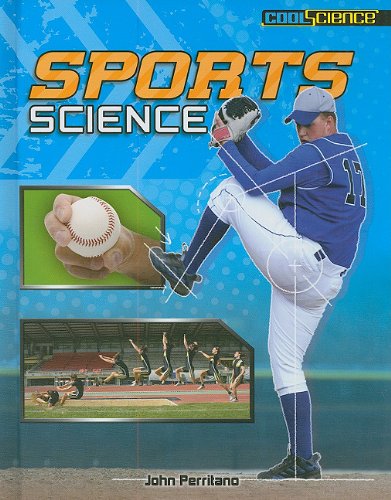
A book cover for Sports Science (Cool Science); John Perritano; Sports & Outdoors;